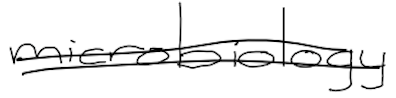
Text: microbiology
Cross-out: double-line
Writing tool: digital_black